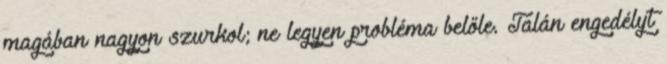
magában nagyon szurkol; ne legyen probléma belőle. Talán engedélyt